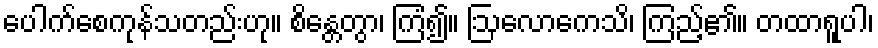
ပေါက်စေကုန်သတည်းဟု။ စိန္တေတွာ၊ ကြံ၍။ ဩလောကေသိ၊ ကြည့်၏။ တထာရူပါ၊